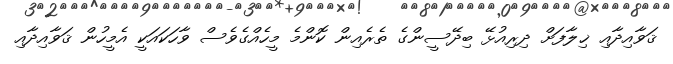
ޤަވާއިދާއި ޚިލާފަށް ދިރިއުޅޭ ބިދޭސީންގެ ތެރެއިން ކޮންމެ މީހެއްގެެވެސް ވާހަކައަކީ އެމީހުން ޤަވާއިދާއި